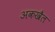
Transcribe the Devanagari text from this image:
अकखैल